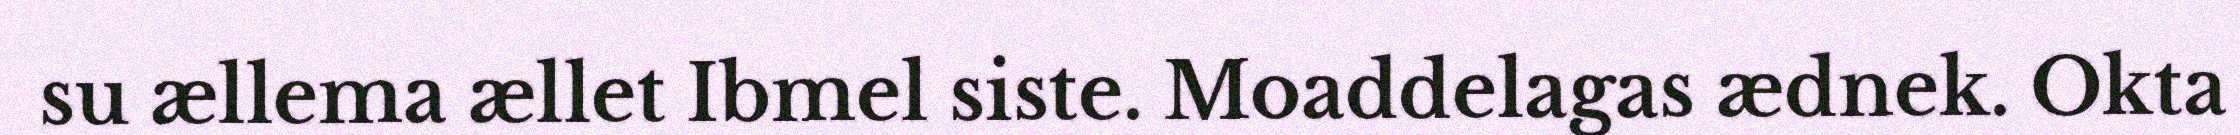
su ællema ællet Ibmel siste. Moaddelagas ædnek. Okta